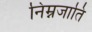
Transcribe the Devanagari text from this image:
निम्नजाति